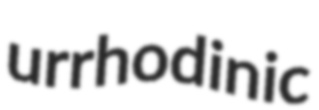
urrhodinic